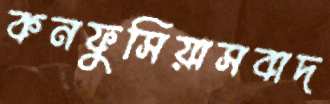
কনফুসিয়াসবাদ